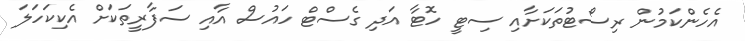
އެހެންކަމުން ރިސޯޓުތަކަށާއި ސިޓީ ހޮޓާ އަދި ގެސްޓް ހައުސް އާއި ސަފާރީތަކަށް އެކިކަހަލަ